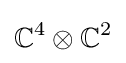
\mathbb {C} ^{4}\otimes \mathbb {C} ^{2}